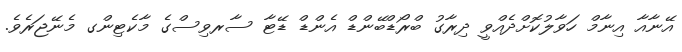
އޭނާއާ އިނާމް ހަވާލުކޮށްދެއްވީ ދިރާގު ބްރޯޑްބޭންޑް އެންޑް ޑޭޓާ ސާރވިސްގެ މާކެޓިންގ މެނޭޖަރެވެ.